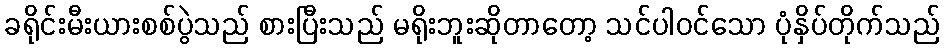
ခရိုင်းမီးယားစစ်ပွဲသည် စားပြီးသည် မရိုးဘူးဆိုတာတော့ သင်ပါဝင်သော ပုံနှိပ်တိုက်သည်